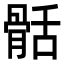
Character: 䯏